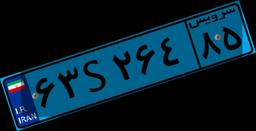
۱۷S۵۳۹۴۷